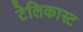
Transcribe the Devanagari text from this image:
टेलिकास्ट